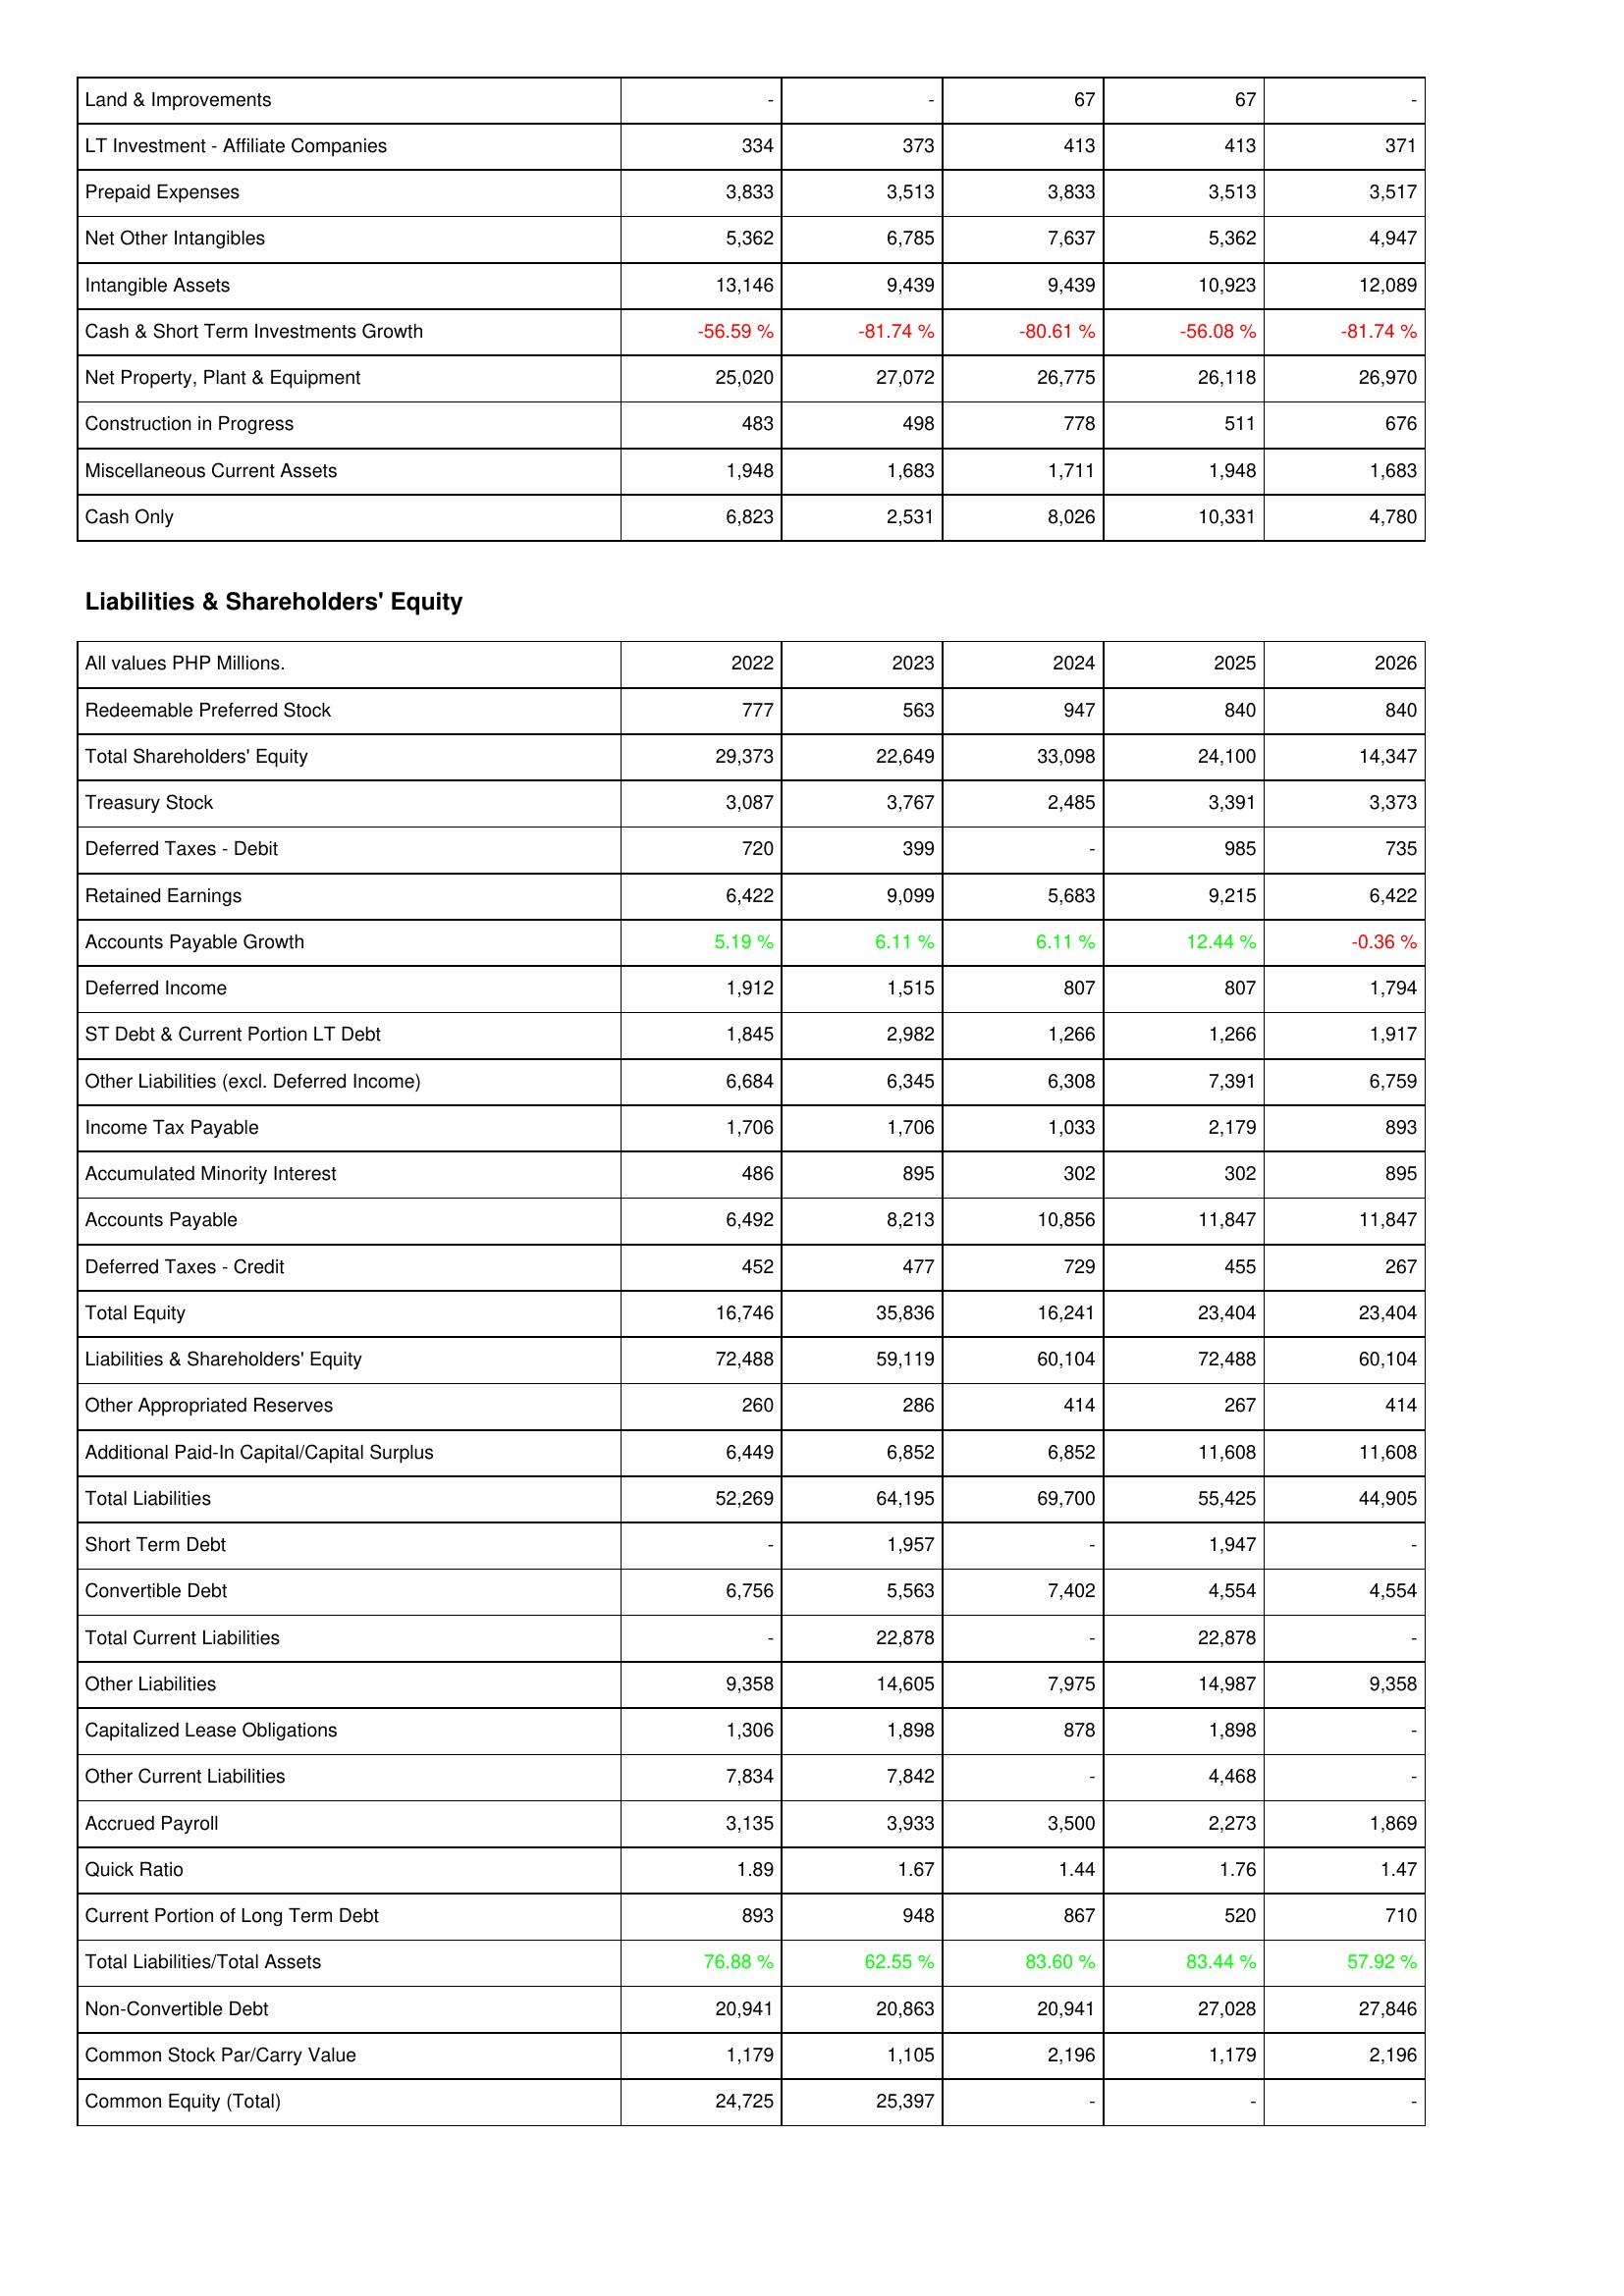
2022: Assets: Land & Improvements: -
LT Investment - Affiliate Companies: 334
Prepaid Expenses: 3,833
Net Other Intangibles: 5,362
Intangible Assets: 13,146
Cash & Short Term Investments Growth: -56.59 %
Net Property, Plant & Equipment: 25,020
Construction in Progress: 483
Miscellaneous Current Assets: 1,948
Cash Only: 6,823
Liabilities & Shareholders' Equity: Redeemable Preferred Stock: 777
Total Shareholders' Equity: 29,373
Treasury Stock: 3,087
Deferred Taxes - Debit: 720
Retained Earnings: 6,422
Accounts Payable Growth: 5.19 %
Deferred Income: 1,912
ST Debt & Current Portion LT Debt: 1,845
Other Liabilities (excl. Deferred Income): 6,684
Income Tax Payable: 1,706
Accumulated Minority Interest: 486
Accounts Payable: 6,492
Deferred Taxes - Credit: 452
Total Equity: 16,746
Liabilities & Shareholders' Equity: 72,488
Other Appropriated Reserves: 260
Additional Paid-In Capital/Capital Surplus: 6,449
Total Liabilities: 52,269
Short Term Debt: -
Convertible Debt: 6,756
Total Current Liabilities: -
Other Liabilities: 9,358
Capitalized Lease Obligations: 1,306
Other Current Liabilities: 7,834
Accrued Payroll: 3,135
Quick Ratio: 1.89
Current Portion of Long Term Debt: 893
Total Liabilities/Total Assets: 76.88 %
Non-Convertible Debt: 20,941
Common Stock Par/Carry Value: 1,179
Common Equity (Total): 24,725
2023: Assets: Land & Improvements: -
LT Investment - Affiliate Companies: 373
Prepaid Expenses: 3,513
Net Other Intangibles: 6,785
Intangible Assets: 9,439
Cash & Short Term Investments Growth: -81.74 %
Net Property, Plant & Equipment: 27,072
Construction in Progress: 498
Miscellaneous Current Assets: 1,683
Cash Only: 2,531
Liabilities & Shareholders' Equity: Redeemable Preferred Stock: 563
Total Shareholders' Equity: 22,649
Treasury Stock: 3,767
Deferred Taxes - Debit: 399
Retained Earnings: 9,099
Accounts Payable Growth: 6.11 %
Deferred Income: 1,515
ST Debt & Current Portion LT Debt: 2,982
Other Liabilities (excl. Deferred Income): 6,345
Income Tax Payable: 1,706
Accumulated Minority Interest: 895
Accounts Payable: 8,213
Deferred Taxes - Credit: 477
Total Equity: 35,836
Liabilities & Shareholders' Equity: 59,119
Other Appropriated Reserves: 286
Additional Paid-In Capital/Capital Surplus: 6,852
Total Liabilities: 64,195
Short Term Debt: 1,957
Convertible Debt: 5,563
Total Current Liabilities: 22,878
Other Liabilities: 14,605
Capitalized Lease Obligations: 1,898
Other Current Liabilities: 7,842
Accrued Payroll: 3,933
Quick Ratio: 1.67
Current Portion of Long Term Debt: 948
Total Liabilities/Total Assets: 62.55 %
Non-Convertible Debt: 20,863
Common Stock Par/Carry Value: 1,105
Common Equity (Total): 25,397
2024: Assets: Land & Improvements: 67
LT Investment - Affiliate Companies: 413
Prepaid Expenses: 3,833
Net Other Intangibles: 7,637
Intangible Assets: 9,439
Cash & Short Term Investments Growth: -80.61 %
Net Property, Plant & Equipment: 26,775
Construction in Progress: 778
Miscellaneous Current Assets: 1,711
Cash Only: 8,026
Liabilities & Shareholders' Equity: Redeemable Preferred Stock: 947
Total Shareholders' Equity: 33,098
Treasury Stock: 2,485
Deferred Taxes - Debit: -
Retained Earnings: 5,683
Accounts Payable Growth: 6.11 %
Deferred Income: 807
ST Debt & Current Portion LT Debt: 1,266
Other Liabilities (excl. Deferred Income): 6,308
Income Tax Payable: 1,033
Accumulated Minority Interest: 302
Accounts Payable: 10,856
Deferred Taxes - Credit: 729
Total Equity: 16,241
Liabilities & Shareholders' Equity: 60,104
Other Appropriated Reserves: 414
Additional Paid-In Capital/Capital Surplus: 6,852
Total Liabilities: 69,700
Short Term Debt: -
Convertible Debt: 7,402
Total Current Liabilities: -
Other Liabilities: 7,975
Capitalized Lease Obligations: 878
Other Current Liabilities: -
Accrued Payroll: 3,500
Quick Ratio: 1.44
Current Portion of Long Term Debt: 867
Total Liabilities/Total Assets: 83.60 %
Non-Convertible Debt: 20,941
Common Stock Par/Carry Value: 2,196
Common Equity (Total): -
2025: Assets: Land & Improvements: 67
LT Investment - Affiliate Companies: 413
Prepaid Expenses: 3,513
Net Other Intangibles: 5,362
Intangible Assets: 10,923
Cash & Short Term Investments Growth: -56.08 %
Net Property, Plant & Equipment: 26,118
Construction in Progress: 511
Miscellaneous Current Assets: 1,948
Cash Only: 10,331
Liabilities & Shareholders' Equity: Redeemable Preferred Stock: 840
Total Shareholders' Equity: 24,100
Treasury Stock: 3,391
Deferred Taxes - Debit: 985
Retained Earnings: 9,215
Accounts Payable Growth: 12.44 %
Deferred Income: 807
ST Debt & Current Portion LT Debt: 1,266
Other Liabilities (excl. Deferred Income): 7,391
Income Tax Payable: 2,179
Accumulated Minority Interest: 302
Accounts Payable: 11,847
Deferred Taxes - Credit: 455
Total Equity: 23,404
Liabilities & Shareholders' Equity: 72,488
Other Appropriated Reserves: 267
Additional Paid-In Capital/Capital Surplus: 11,608
Total Liabilities: 55,425
Short Term Debt: 1,947
Convertible Debt: 4,554
Total Current Liabilities: 22,878
Other Liabilities: 14,987
Capitalized Lease Obligations: 1,898
Other Current Liabilities: 4,468
Accrued Payroll: 2,273
Quick Ratio: 1.76
Current Portion of Long Term Debt: 520
Total Liabilities/Total Assets: 83.44 %
Non-Convertible Debt: 27,028
Common Stock Par/Carry Value: 1,179
Common Equity (Total): -
2026: Assets: Land & Improvements: -
LT Investment - Affiliate Companies: 371
Prepaid Expenses: 3,517
Net Other Intangibles: 4,947
Intangible Assets: 12,089
Cash & Short Term Investments Growth: -81.74 %
Net Property, Plant & Equipment: 26,970
Construction in Progress: 676
Miscellaneous Current Assets: 1,683
Cash Only: 4,780
Liabilities & Shareholders' Equity: Redeemable Preferred Stock: 840
Total Shareholders' Equity: 14,347
Treasury Stock: 3,373
Deferred Taxes - Debit: 735
Retained Earnings: 6,422
Accounts Payable Growth: -0.36 %
Deferred Income: 1,794
ST Debt & Current Portion LT Debt: 1,917
Other Liabilities (excl. Deferred Income): 6,759
Income Tax Payable: 893
Accumulated Minority Interest: 895
Accounts Payable: 11,847
Deferred Taxes - Credit: 267
Total Equity: 23,404
Liabilities & Shareholders' Equity: 60,104
Other Appropriated Reserves: 414
Additional Paid-In Capital/Capital Surplus: 11,608
Total Liabilities: 44,905
Short Term Debt: -
Convertible Debt: 4,554
Total Current Liabilities: -
Other Liabilities: 9,358
Capitalized Lease Obligations: -
Other Current Liabilities: -
Accrued Payroll: 1,869
Quick Ratio: 1.47
Current Portion of Long Term Debt: 710
Total Liabilities/Total Assets: 57.92 %
Non-Convertible Debt: 27,846
Common Stock Par/Carry Value: 2,196
Common Equity (Total): -